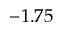
- 1 . 7 5